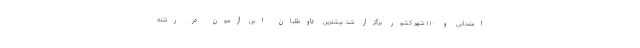
امتحانی و ۱۱۰ شهر کشور برگزار شد. بیشترین داوطلبان این آزمون در رشته